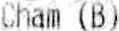
CHAM (B)